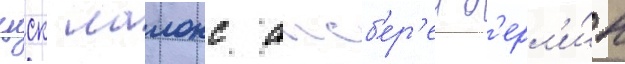
цск лаионс аисб'ер'ен б'ерл'и́н